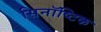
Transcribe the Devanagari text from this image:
सिनॉष्टिक